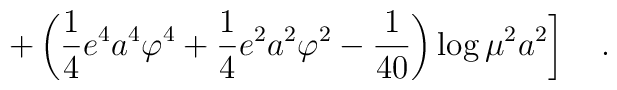
\left.+\left(\frac 14 e^4 a^4 \varphi^4+\frac 14 e^2 a^2 \varphi^2 - {1 \over 40}\right) \log  \mu^2a^2\right]~~~.